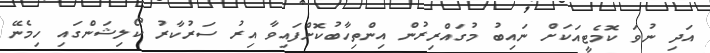
އަދި ނުވަ ކޮމެޓީއަކަށް ނައިބު މުގައްރިރުން އިންތިހާބުކޮށްފައިވާ އިރު ސަރުކާރު ކޯލިޝަންގައި ހިމެނޭ